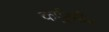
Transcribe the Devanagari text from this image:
कर्पूरगौर